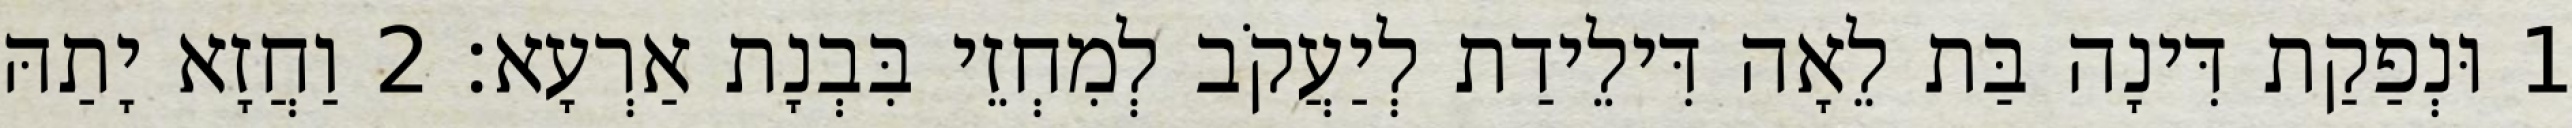
1 וּנְפַקַת דִּינָה בַּת לֵאָה דִּילֵידַת לְיַעֲקֹב לְמִחְזֵי בִּבְנָת אַרְעָא׃ 2 וַחֲזָא יָתַהּ